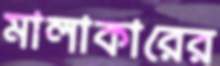
মালাকারের